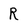
Character: R